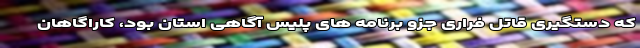
که دستگیری قاتل فراری جزو برنامه های پلیس آگاهی استان بود، کاراگاهان